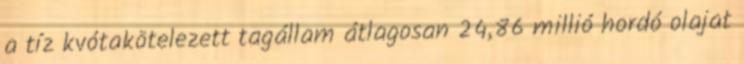
a tíz kvótakötelezett tagállam átlagosan 24,86 millió hordó olajat